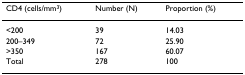
<table><thead><tr><td><b>CD4 (cells/mm<sup>3</sup>)</b></td><td><b>Number (N)</b></td><td><b>Proportion (%)</b></td></tr></thead><tbody><tr><td>&lt;200</td><td>39</td><td>14.03</td></tr><tr><td>200–349</td><td>72</td><td>25.90</td></tr><tr><td>&gt;350</td><td>167</td><td>60.07</td></tr><tr><td>Total</td><td>278</td><td>100</td></tr></tbody></table>